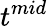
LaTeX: t^{mid}